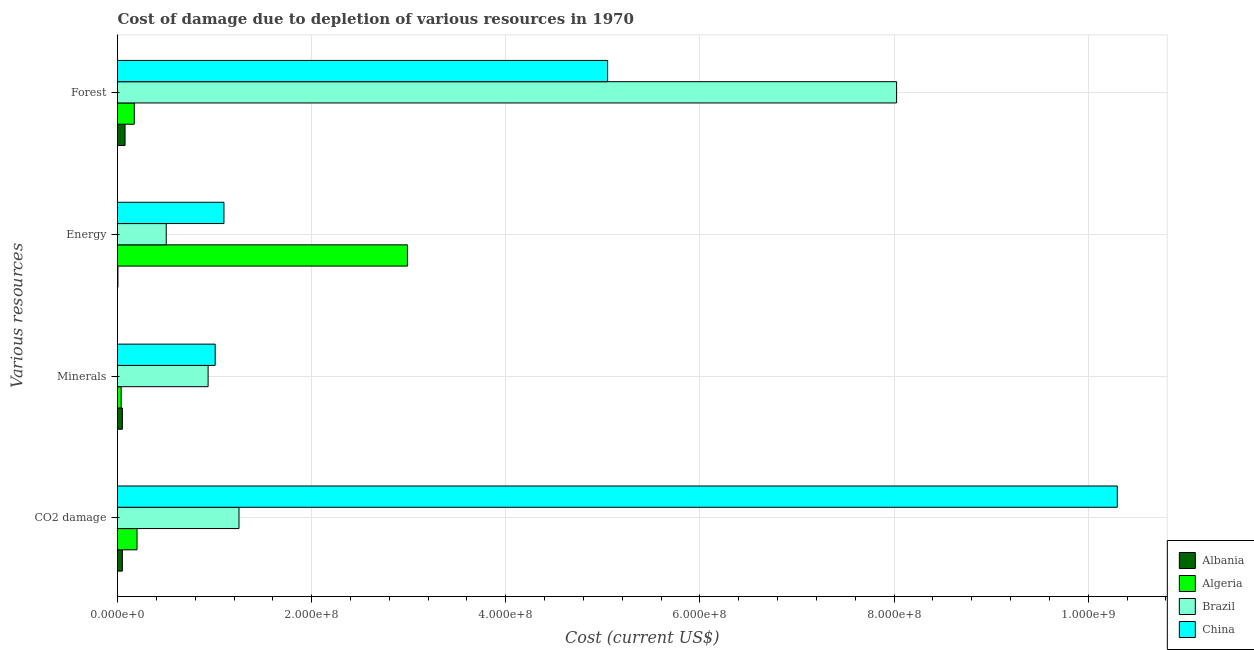
| Various resources | Albania | Algeria | Brazil | China |
 | --- | --- | --- | --- | --- |
 | CO2 damage | 5e+06 | 2.01e+07 | 1.25e+08 | 1.03e+09 |
 | Minerals | 5.02e+06 | 3.76e+06 | 9.33e+07 | 1.01e+08 |
 | Energy | 4.39e+05 | 2.99e+08 | 5.02e+07 | 1.1e+08 |
 | Forest | 7.78e+06 | 1.73e+07 | 8.03e+08 | 5.05e+08 |